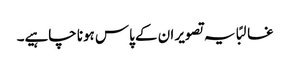
غالبًا یہ تصویر ان کے پاس ہونا چاہیے۔